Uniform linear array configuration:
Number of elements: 48
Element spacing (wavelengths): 0.75
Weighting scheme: hamming
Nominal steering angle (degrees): -30
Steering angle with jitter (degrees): -28.322
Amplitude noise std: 0.05
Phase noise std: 0.05

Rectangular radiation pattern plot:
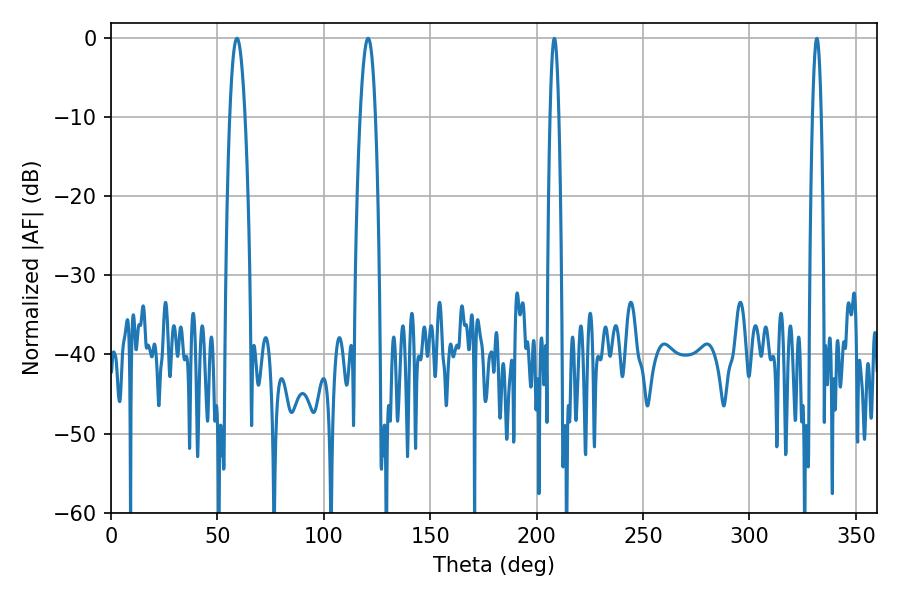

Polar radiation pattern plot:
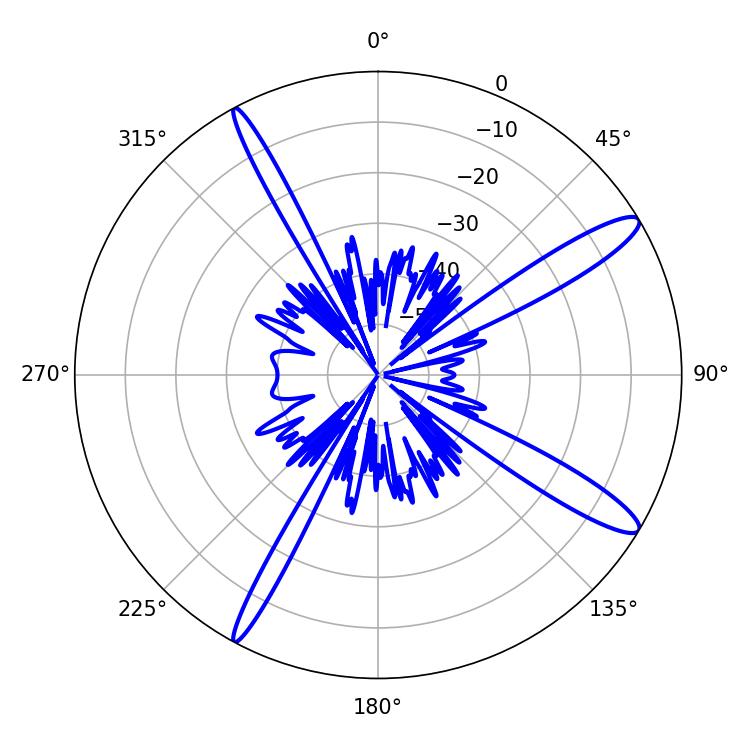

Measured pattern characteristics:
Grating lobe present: TRUE
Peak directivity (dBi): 13.594
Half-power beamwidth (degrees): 3.96
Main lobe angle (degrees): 120.78